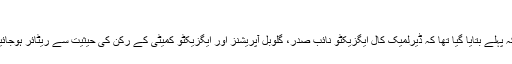
”
جیسا کہ پہلے بتایا گیا تھا کہ ڈیرلمیک کال ایگزیکٹو نائب صدر، گلوبل آپریشنز اور ایگزیکٹو کمیٹی کے رکن کی حیثیت سے ریٹائر ہوجائیں گے۔